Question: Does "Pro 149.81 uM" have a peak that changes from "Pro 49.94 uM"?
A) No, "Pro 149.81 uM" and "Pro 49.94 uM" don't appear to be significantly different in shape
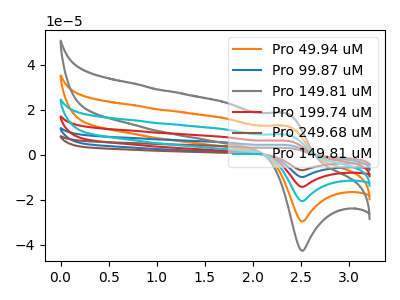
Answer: <think>The orange curve "Pro 49.94 uM" has an anodic peak at (2.35V, 12.85uA) and a cathodic peak at (2.50V, -29.70uA). The blue curve "Pro 99.87 uM" has an anodic peak at (2.35V, 51.35uA) and a cathodic peak at (2.50V, -118.70uA). The gray curve "Pro 149.81 uM" has an anodic peak at (2.35V, 18.45uA) and a cathodic peak at (2.50V, -42.70uA). The red curve "Pro 199.74 uM" has an anodic peak at (2.35V, 38.50uA) and a cathodic peak at (2.50V, -89.05uA). The brown curve "Pro 249.68 uM" has an anodic peak at (2.35V, 64.15uA) and a cathodic peak at (2.50V, -148.40uA). The cyan curve "Pro 149.81 uM" has an anodic peak at (2.35V, 25.65uA) and a cathodic peak at (2.50V, -59.35uA).
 All the peaks in "Pro 149.81 uM" have a peak in "Pro 49.94 uM" at the same potential. Every peak in "Pro 149.81 uM" is higher than every peak in "Pro 49.94 uM".</think>
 <answer>A) No, "Pro 149.81 uM" and "Pro 49.94 uM" don't appear to be significantly different in shape</answer>
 <eval>A</eval>